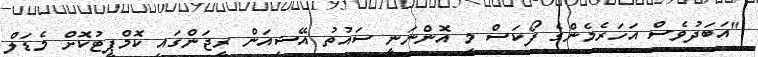
"އަބަދުވެސް އަހަރެމެންގެ ފޯކަސް މި އޮންނަނީ ސައުތު އޭޝިއަން ރީޖަންގައި ކޮމްޕީޓުކޮށް މެޑަލް